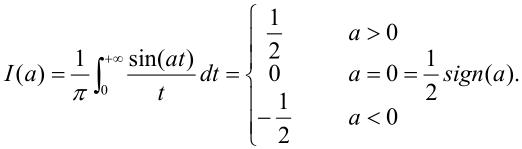
\[
I(a)=\frac{1}{\pi}\int_{0}^{+\infty}\frac{\sin(at)}{t}dt =
\begin{cases}
\frac{1}{2} & a > 0 \\
0 & a = 0 = \frac{1}{2}\text{sgn}(a) \\
-\frac{1}{2} & a < 0
\end{cases}
\]